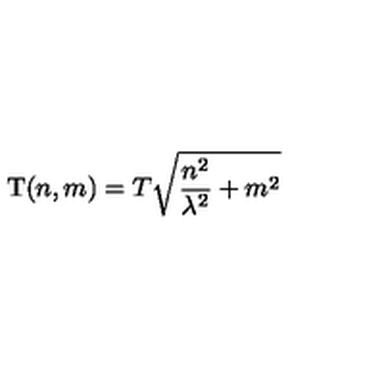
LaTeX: \mathrm { T } ( n , m ) = T \sqrt { \frac { n ^ { 2 } } { \lambda ^ { 2 } } + m ^ { 2 } }